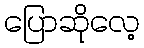
ပြောဆိုလေ့